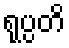
ရုပ္ပတိ